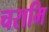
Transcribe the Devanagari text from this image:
चरामि